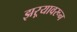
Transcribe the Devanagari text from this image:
झऱ्यावरून